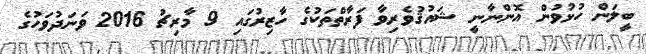
ބީލަން ހުޅުވުން އޮންނާނީ ޝައުޤުވެރިވާ ފަރާތްތަކުގެ ހާޒިރުގައި 9 މާރިޗު 2016 ވަނަދުވަހުގެ